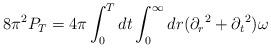
LaTeX: \begin{align*}{8\pi^2} P_T = {4\pi}\int_0^T dt \int_0^\infty dr ({\partial_r}^2 + {\partial_t}^2)\omega\end{align*}